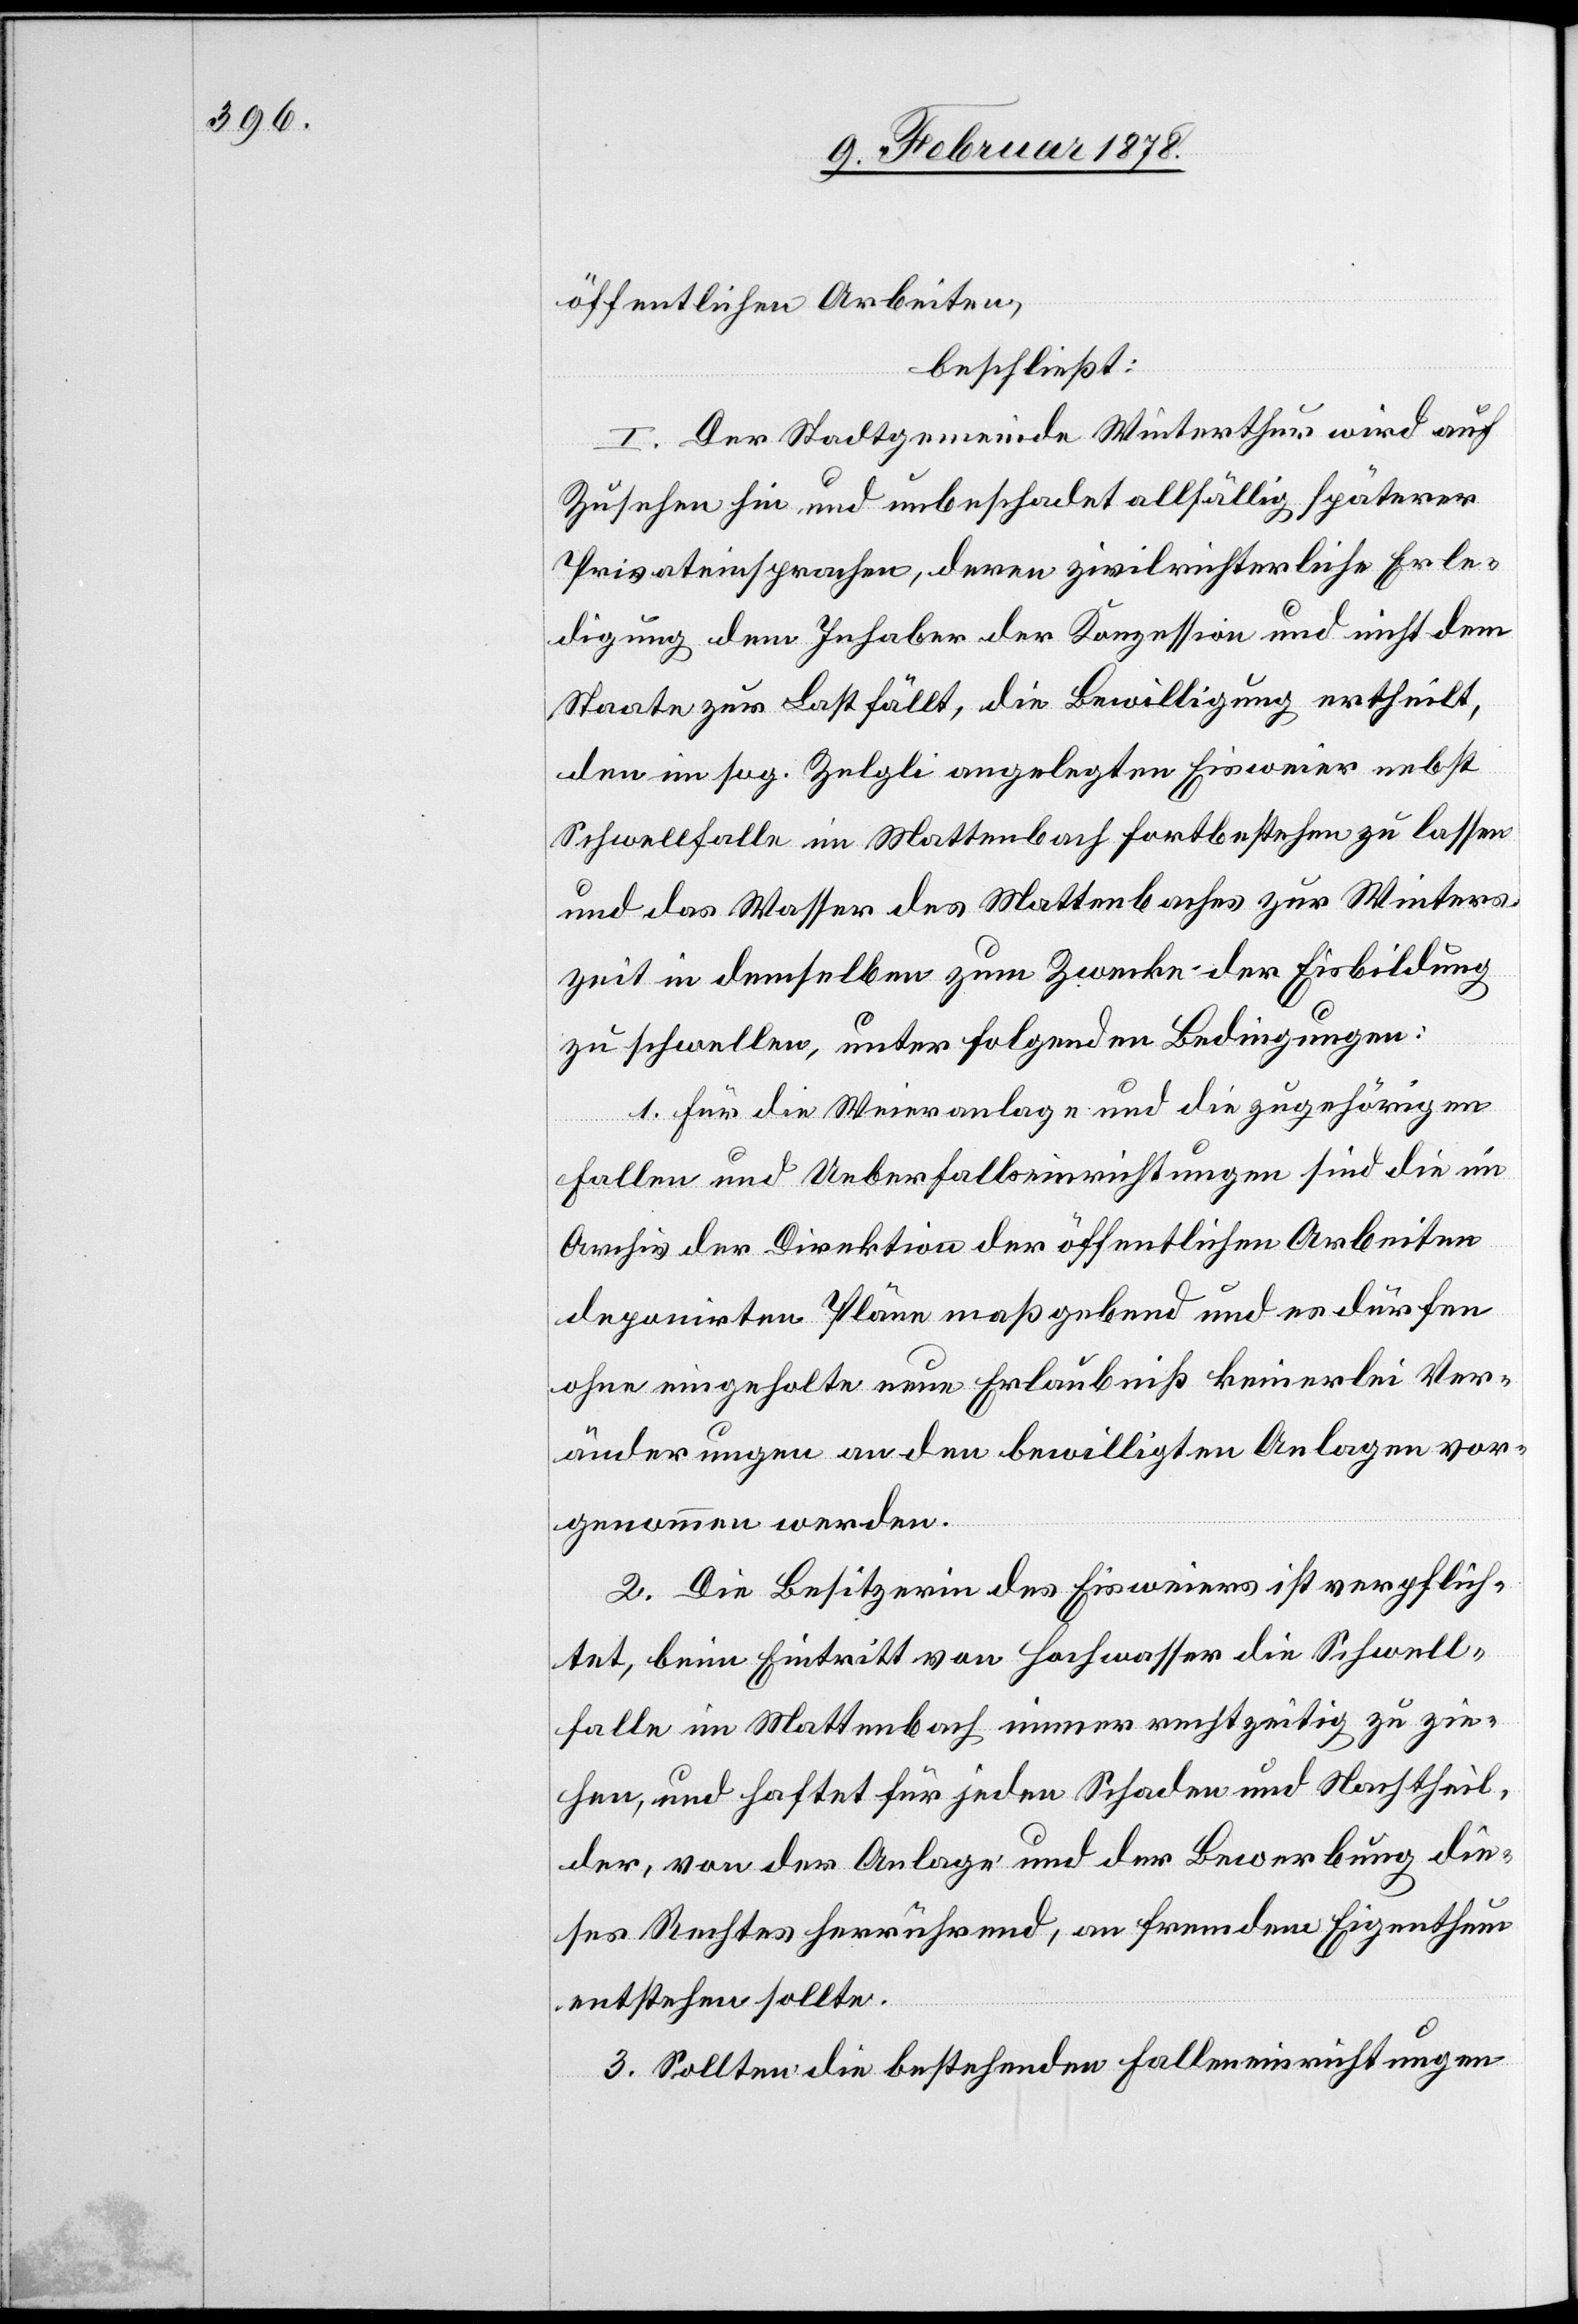
öffentlichen Arbeiten,
beschließt:
I. Der Stadtgemeinde Winterthur wird auf
Zusehen hin, und unbeschadet allfällig späterer
Privateinsprachen, deren zivilrichterliche Erle¬
digung dem Inhaber der Konzession und nicht dem
Staate zur Last fällt, die Bewilligung ertheilt,
den im sog. Zelgli angelegten Eisweier nebst
Schwellfalle im Wattenbach fortbestehen zu lassen
und das Wasser des Wattenbaches zur Winter¬
zeit in demselben zum Zwecke der Eisbildung
zu schwellen, unter folgenden Bedingungen:
1. Für die Weieranlage und die zugehörigen
Fallen und Ueberfallseinrichtungen sind die im
Archiv der Direktion der öffentlichen Arbeiten
deponirten Pläne maßgebend und es dürfen
ohne eingeholte neue Erlaubniß keinerlei Ver¬
änderungen an den bewilligten Anlagen vor¬
genommen werden.
2. Die Besitzerin des Eisweiers ist verpflich¬
tet, beim Eintritt von Hochwasser die Schwell¬
falle im Wattenbach immer rechtzeitig zu zie¬
hen, und haftet für jeden Schaden und Nachtheil,
der, von der Anlage und der Bewerbung die¬
ses Rechtes herrührend, an fremdem Eigenthum
entstehen sollte.
3. Sollten die bestehenden Falleneinrichtungen